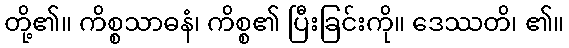
တို့၏။ ကိစ္စသာဓနံ၊ ကိစ္စ၏ ပြီးခြင်းကို။ ဒေဿတိ၊ ၏။